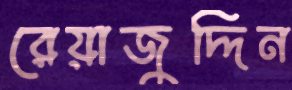
রেয়াজুদ্দিন